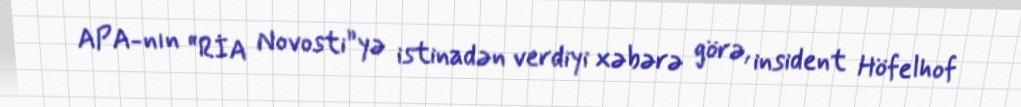
APA-nın “RİA Novosti”yə istinadən verdiyi xəbərə görə, insident Höfelhof